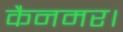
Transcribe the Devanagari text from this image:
कैनमर।